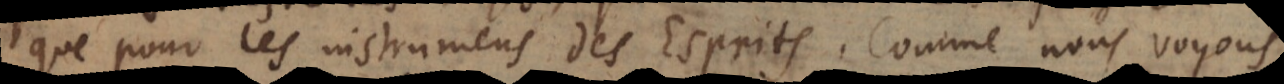
que pour les instrumens des Esprits. Comme nous voyons